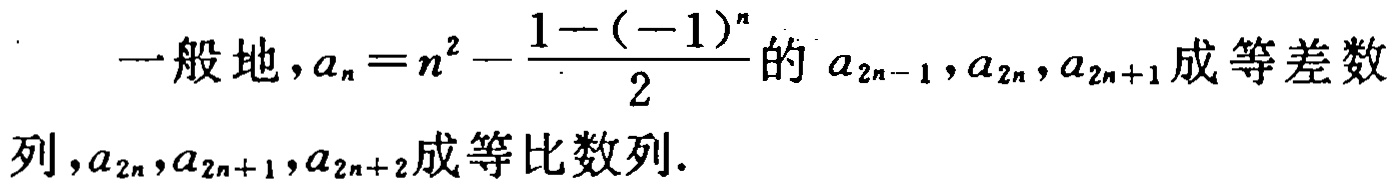
一般地，\(a_{n}=n^{2}-\frac{1 - (-1)^{n}}{2}\)的\(a_{2n - 1},a_{2n},a_{2n + 1}\)成等差数列，\(a_{2n},a_{2n + 1},a_{2n + 2}\)成等比数列.